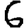
Digit: 6